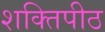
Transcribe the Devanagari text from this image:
शक्‍ितपीठ